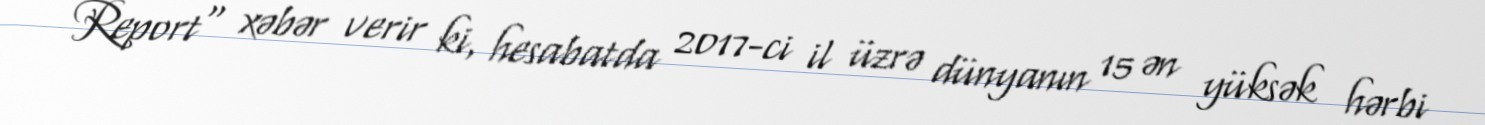
Report" xəbər verir ki, hesabatda 2017-ci il üzrə dünyanın 15 ən yüksək hərbi